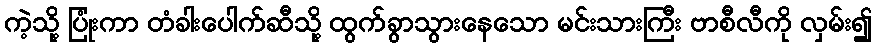
ကဲ့သို့ ပြုံးကာ တံခါးပေါက်ဆီသို့ ထွက်ခွာသွားနေသော မင်းသားကြီး ဗာစီလီကို လှမ်း၍